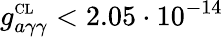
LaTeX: g_{a\gamma\gamma}^{\scriptscriptstyle\textup{CL}}<2.05\cdot 10^{-14}